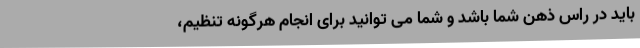
باید در راس ذهن شما باشد و شما می توانید برای انجام هرگونه تنظیم،